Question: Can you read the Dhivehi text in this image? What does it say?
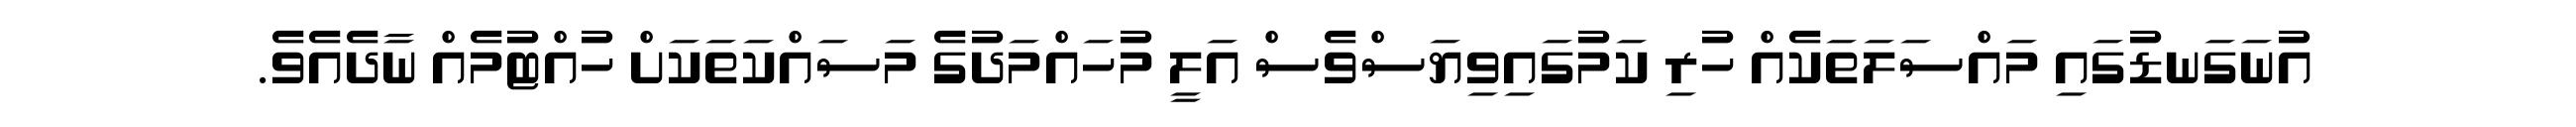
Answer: އުނަގަނޑުގައި މައްސަލަތަކެއް ހުރި ކަމުގައިވިޔަސްވެސް އަލީ މުހައްމަދުގެ މަސައްކަތަކަށް ހުއްޓުމެއް ނާދެއެވެ.